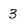
Character: 3